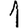
Digit: 1